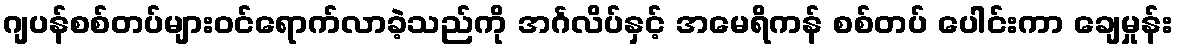
ဂျပန်စစ်တပ်များဝင်ရောက်လာခဲ့သည်ကို အင်္ဂလိပ်နှင့် အမေရိကန် စစ်တပ် ပေါင်းကာ ချေမှုန်း